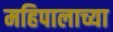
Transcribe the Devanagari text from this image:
महिपालाच्या